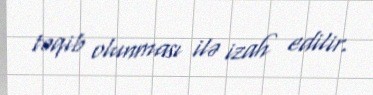
təqib olunması ilə izah edilir.